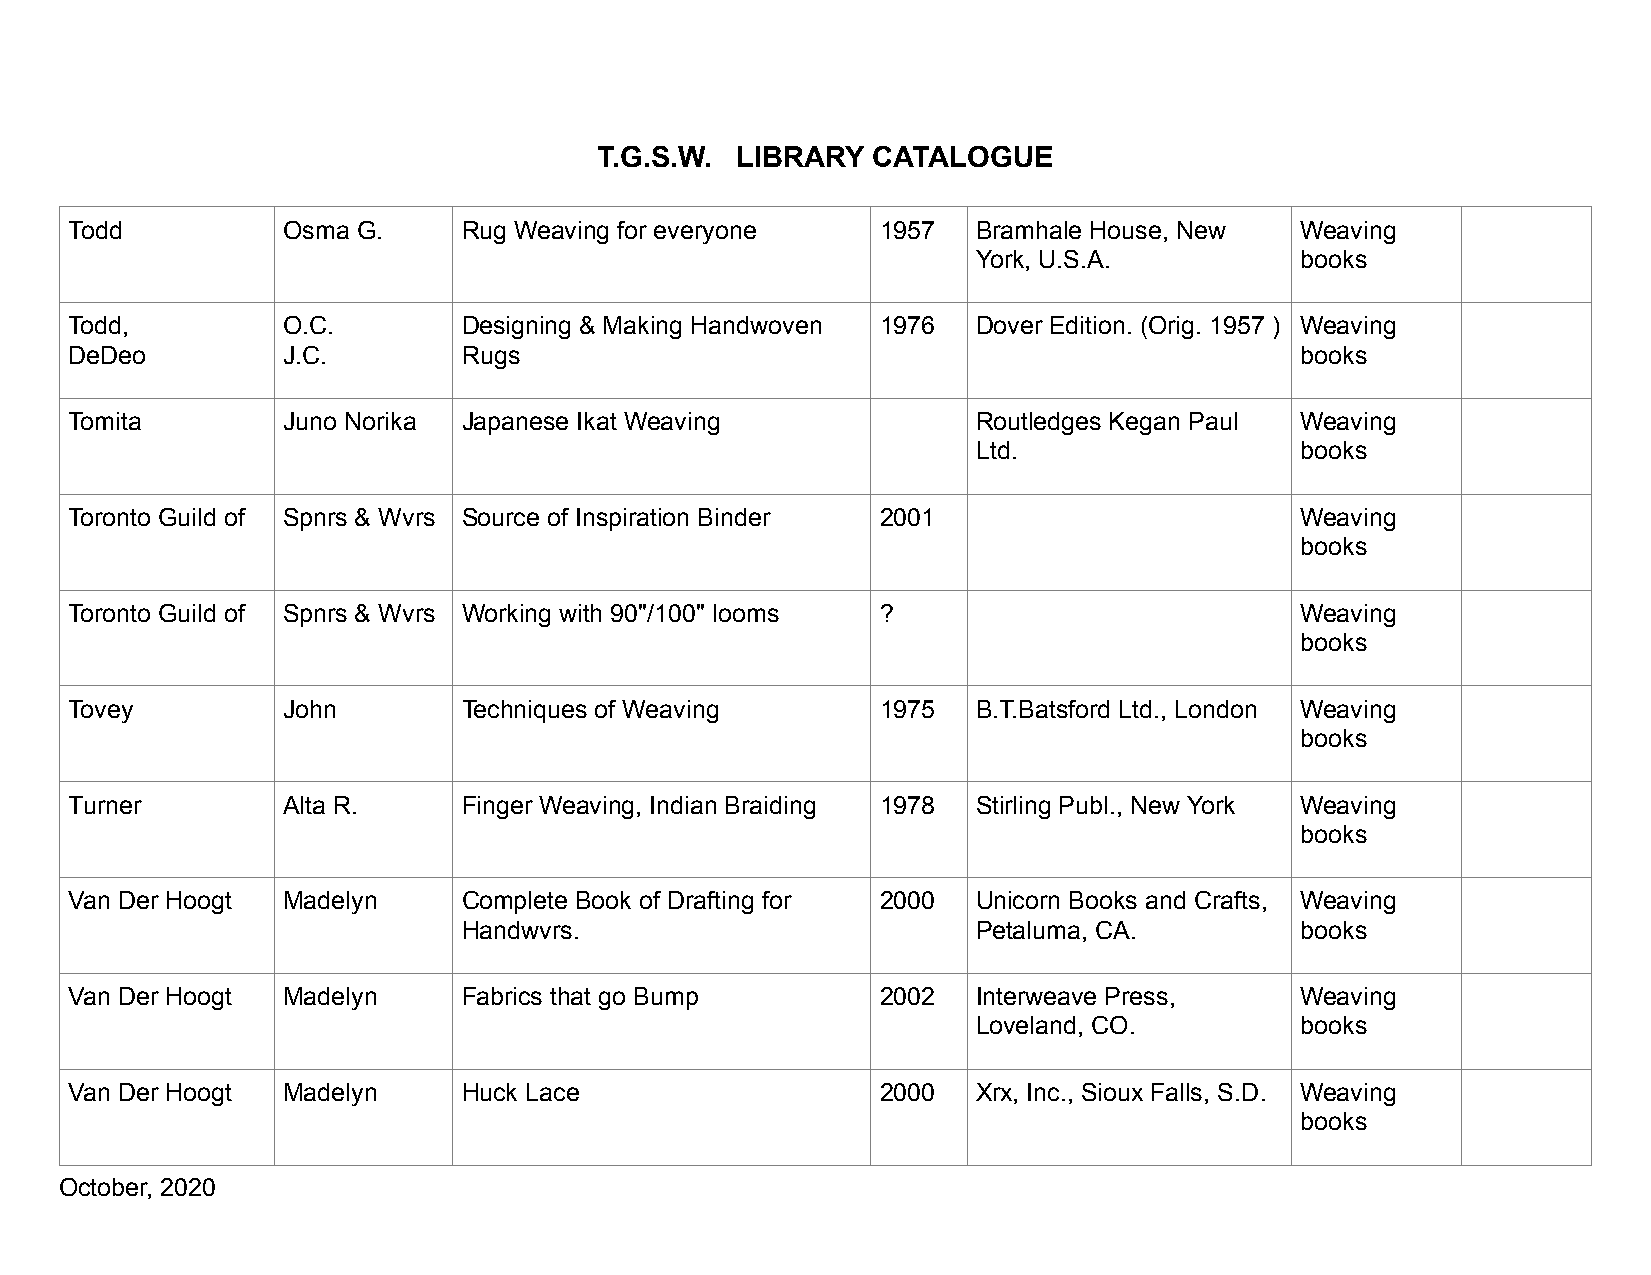
T.G.S.W. LIBRARY  CATALOGUE
 Todd          Osma G.     Rug Weaving for everyone   1957   Bramhale House, New  Weaving
 York, U.S.A.         books
 Todd,         O.C.        Designing & Making Handwoven 1976 Dover Edition. (Orig. 1957 ) Weaving
 DeDeo         J.C.        Rugs                                                   books
 Tomita        Juno Norika Japanese Ikat Weaving             Routledges Kegan Paul Weaving
 Ltd.                 books
 Toronto Guild of Spnrs & Wvrs Source of Inspiration Binder 2001                  Weaving
 books
 Toronto Guild of Spnrs & Wvrs Working with 90"/100" looms ?                      Weaving
 books
 Tovey         John        Techniques of Weaving      1975   B.T.Batsford Ltd., London Weaving
 books
 Turner        Alta R.     Finger Weaving, Indian Braiding 1978 Stirling Publ., New York Weaving
 books
 Van Der Hoogt Madelyn     Complete Book of Drafting for 2000 Unicorn Books and Crafts, Weaving
 Handwvrs.                         Petaluma, CA.        books
 Van Der Hoogt Madelyn     Fabrics that go Bump       2002   Interweave Press,    Weaving
 Loveland, CO.        books
 Van Der Hoogt Madelyn     Huck Lace                  2000   Xrx, Inc., Sioux Falls, S.D. Weaving
 books
 October, 2020